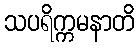
သပရိက္ကမနာတိ